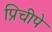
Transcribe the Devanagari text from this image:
प्रिचीपे